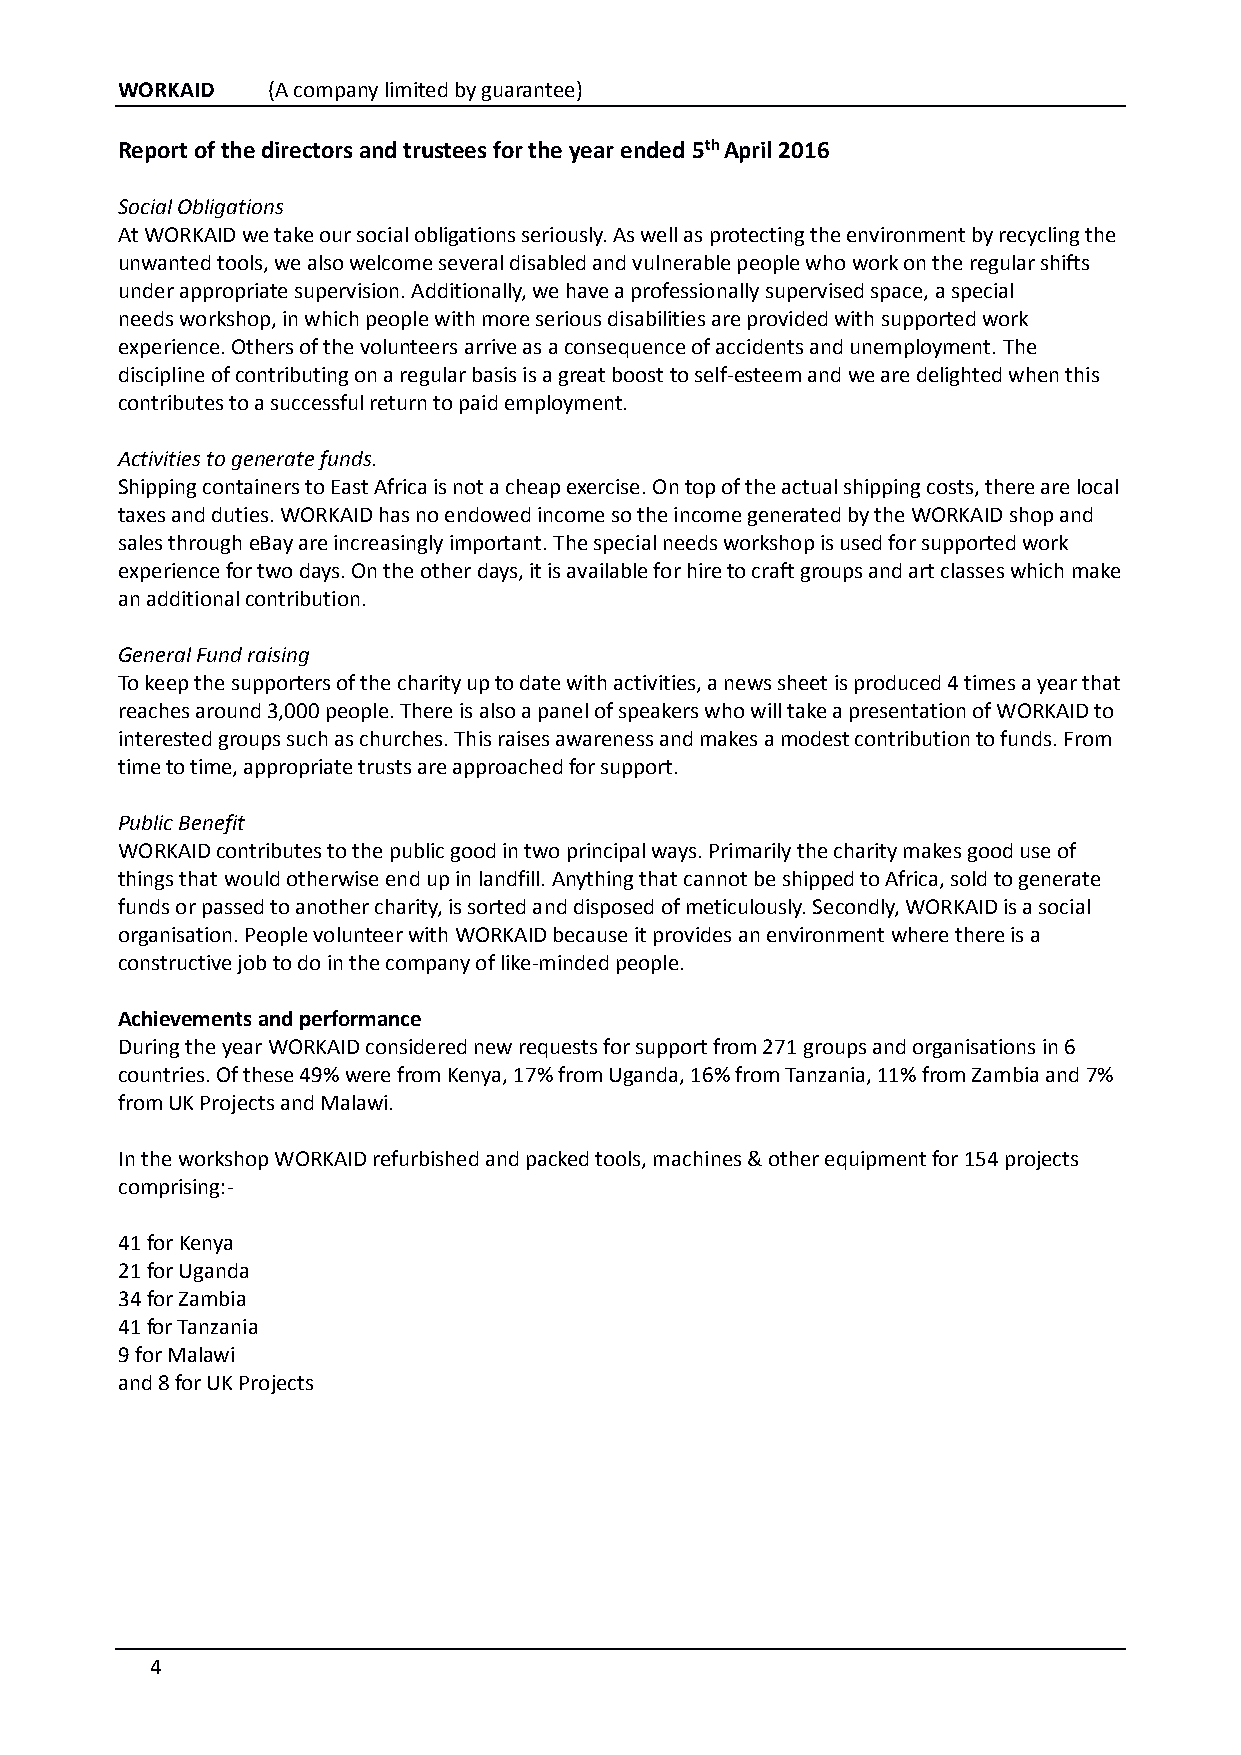
WORKAID   (A company limited by guarantee)
 Report of the directors and trustees for the year ended 5th April 2016
 Social Obligations
 At WORKAID we take our social obligations seriously. As well as protecting the environment by recycling the
 unwanted tools, we also welcome several disabled and vulnerable people who work on the regular shifts
 under appropriate supervision. Additionally, we have a professionally supervised space, a special
 needs workshop, in which people with more serious disabilities are provided with supported work
 experience. Others of the volunteers arrive as a consequence of accidents and unemployment. The
 discipline of contributing on a regular basis is a great boost to self-esteem and we are delighted when this
 contributes to a successful return to paid employment.
 Activities to generate funds.
 Shipping containers to East Africa is not a cheap exercise. On top of the actual shipping costs, there are local
 taxes and duties. WORKAID has no endowed income so the income generated by the WORKAID shop and
 sales through eBay are increasingly important. The special needs workshop is used for supported work
 experience for two days. On the other days, it is available for hire to craft groups and art classes which make
 an additional contribution.
 General Fund raising
 To keep the supporters of the charity up to date with activities, a news sheet is produced 4 times a year that
 reaches around 3,000 people. There is also a panel of speakers who will take a presentation of WORKAID to
 interested groups such as churches. This raises awareness and makes a modest contribution to funds. From
 time to time, appropriate trusts are approached for support.
 Public Benefit
 WORKAID contributes to the public good in two principal ways. Primarily the charity makes good use of
 things that would otherwise end up in landfill. Anything that cannot be shipped to Africa, sold to generate
 funds or passed to another charity, is sorted and disposed of meticulously. Secondly, WORKAID is a social
 organisation. People volunteer with WORKAID because it provides an environment where there is a
 constructive job to do in the company of like-minded people.
 Achievements and performance
 During the year WORKAID considered new requests for support from 271 groups and organisations in 6
 countries. Of these 49% were from Kenya, 17% from Uganda, 16% from Tanzania, 11% from Zambia and 7%
 from UK Projects and Malawi.
 In the workshop WORKAID refurbished and packed tools, machines & other equipment for 154 projects
 comprising:-
 41 for Kenya
 21 for Uganda
 34 for Zambia
 41 for Tanzania
 9 for Malawi
 and 8 for UK Projects
 4